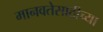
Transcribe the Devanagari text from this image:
मानवतेसाठीच्या